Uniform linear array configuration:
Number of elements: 32
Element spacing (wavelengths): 0.5
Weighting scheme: blackman
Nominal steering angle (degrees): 60
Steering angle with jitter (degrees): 59.429
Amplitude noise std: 0.05
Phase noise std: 0.05

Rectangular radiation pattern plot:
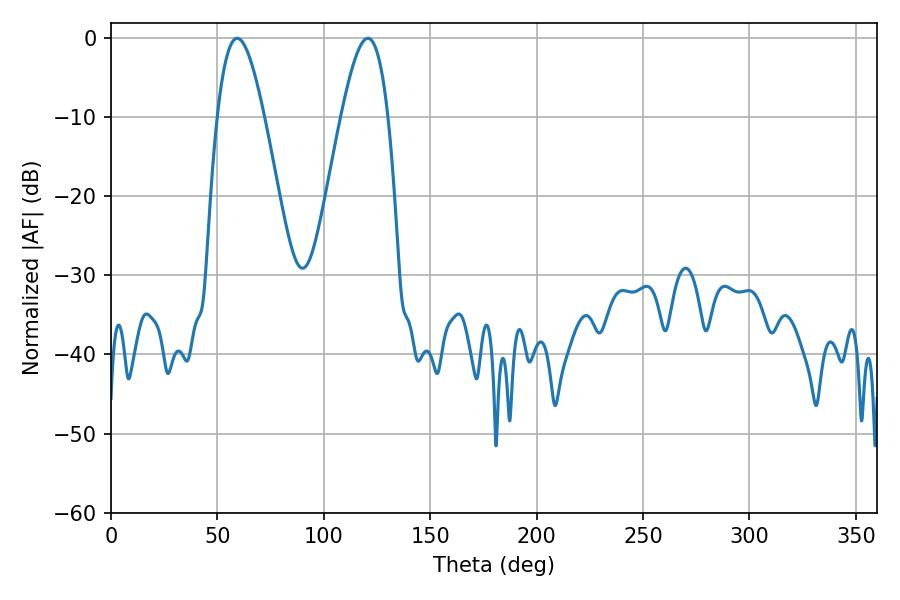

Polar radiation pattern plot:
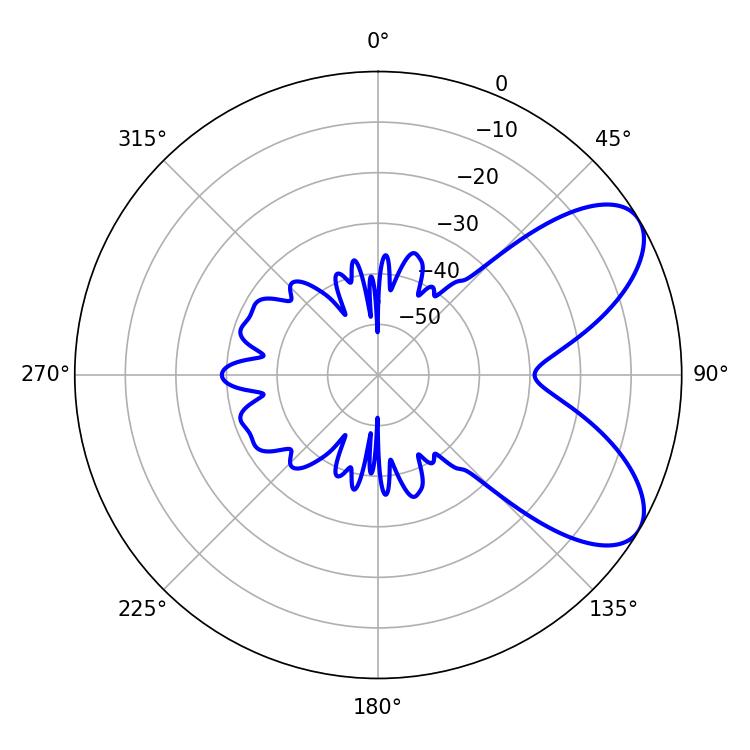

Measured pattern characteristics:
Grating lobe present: FALSE
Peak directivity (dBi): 7.087
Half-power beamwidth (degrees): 11.88
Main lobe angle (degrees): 59.22